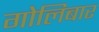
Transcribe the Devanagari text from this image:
गोलिबार